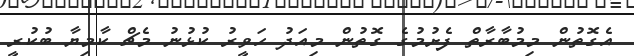
އެގޮތުން މިމުބާރާތް ފެށުމުގެ ގޮތުން މިއަދު ހަވީރު ކުޅުނު މެޗް ކާމިޔާ ބުކުރީ